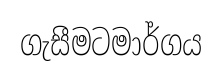
ගැසීමටමාර්ගය